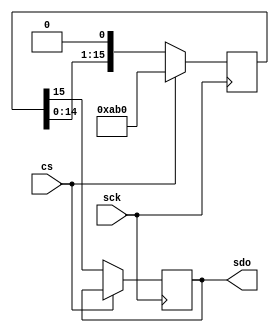



module sm_als_stub
#(
    parameter value = 8'hAB
)
(
    input             cs,
    input             sck,
    output reg        sdo
);
    wire [7:0]  tvalue  = value;
    wire [15:0] tpacket = { 4'b0, tvalue, 4'b0 };

    reg  [15:0] buffer;

    always @(negedge sck) begin
        if(!cs)
            { sdo, buffer } <= { buffer, 1'b0 };
        else
            buffer <= tpacket;
    end

endmodule